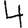
Digit: 4